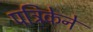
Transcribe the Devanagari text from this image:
पत्रिकेने